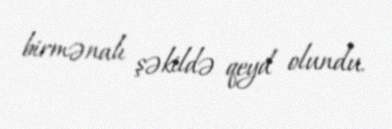
birmənalı şəkildə qeyd olundu.